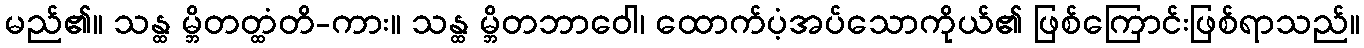
မည်၏။ သန္ထ မ္ဘိတတ္ထံတိ-ကား။ သန္ထ မ္ဘိတဘာဝေါ၊ ထောက်ပံ့အပ်သောကိုယ်၏ ဖြစ်ကြောင်းဖြစ်ရာသည်။